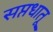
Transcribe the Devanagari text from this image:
सप्तधातू